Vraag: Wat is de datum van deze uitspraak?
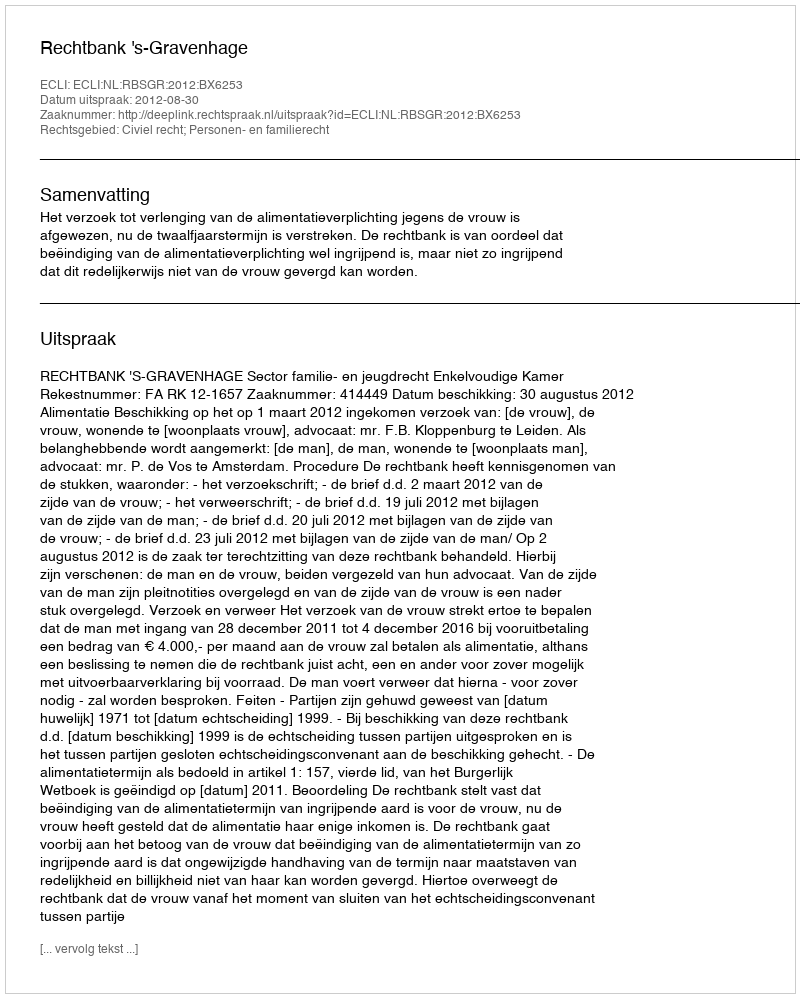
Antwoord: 2012-08-30